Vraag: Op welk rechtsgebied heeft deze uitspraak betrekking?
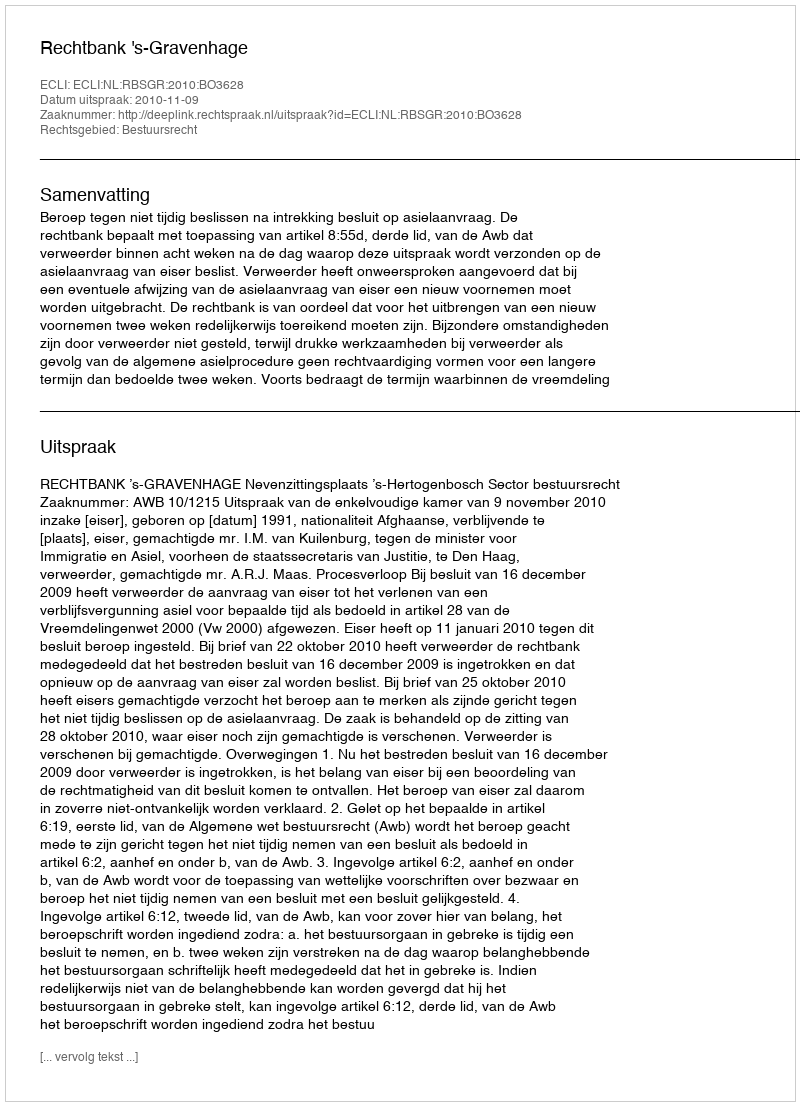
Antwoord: Bestuursrecht